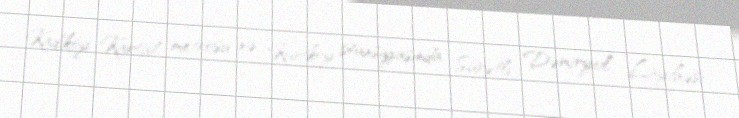
Kadıköy-Kartal metrosu və Kurtköy stansiyasında Sürətli Dəmiryol Layihəsi